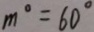
m ^ { \circ } = 6 0 ^ { \circ }